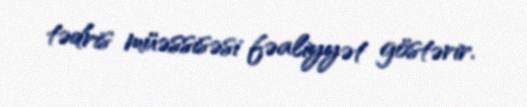
tədris müəssisəsi fəaliyyət göstərir.